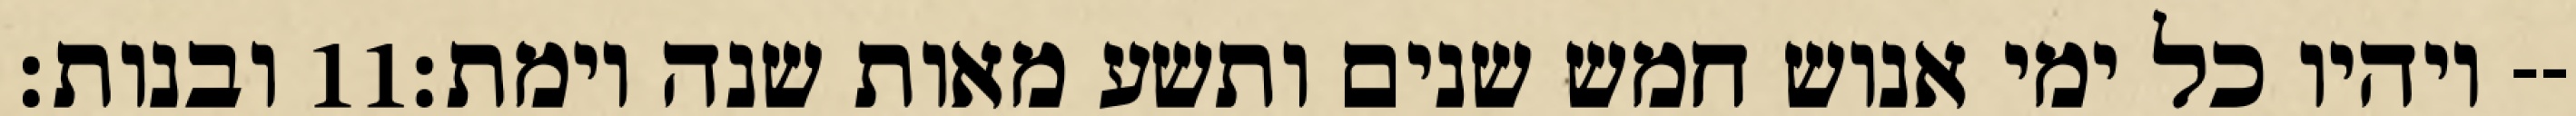
ובנות׃ ‎11‏ ויהיו כל ימי אנוש חמש שנים ותשע מאות שנה וימת׃--